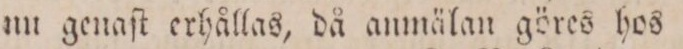
nu genaſt erhållas, då anmälan göres hos